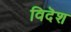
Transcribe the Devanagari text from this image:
विदॆश